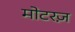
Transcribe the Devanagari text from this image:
मोटरज़